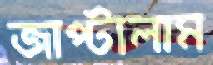
জাপ্‌টালাম